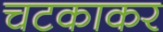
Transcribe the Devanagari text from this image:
चटकाकर